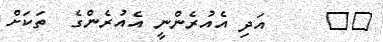
٢٩     އަދި އެއުރެންނީ އެއުރެންގެ  ތަކަށް